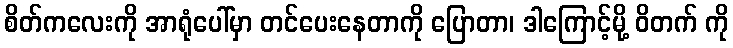
စိတ်ကလေးကို အာရုံပေါ်မှာ တင်ပေးနေတာကို ပြောတာ၊ ဒါကြောင့်မို့ ဝိတက် ကို